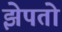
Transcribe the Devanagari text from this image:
झेपतो